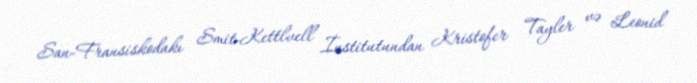
San-Fransiskodakı Smit-Kettlvell İnstitutundan Kristofer Tayler və Leonid